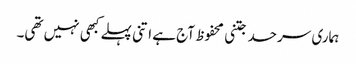
ہماری سرحد جتنی محفوظ آج ہے اتنی پہلے کبھی نہیں تھی۔